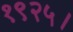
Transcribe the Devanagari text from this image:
१९२५।